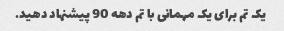
یک تم برای یک مهمانی با تم دهه 90 پیشنهاد دهید.